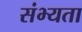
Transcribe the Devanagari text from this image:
संभ्यता